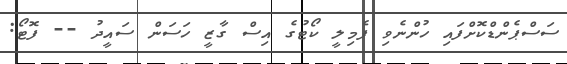
ސަސްޕެންޑްކޮށްފައި ހުންނެވި ފެމިލީ ކޯޓުގެ އިސް ގާޒީ ހަސަން ސައީދު -- ފޮޓޯ: